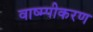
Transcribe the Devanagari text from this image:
वाष्म्पीकरण